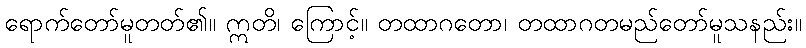
ရောက်တော်မူတတ်၏။ ဣတိ၊ ကြောင့်။ တထာဂတော၊ တထာဂတမည်တော်မူသနည်း။